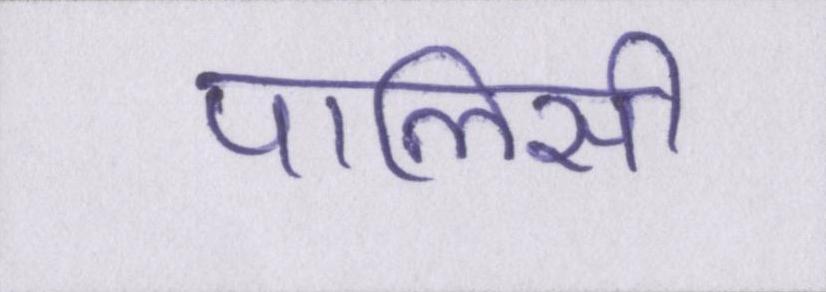
पालिसी